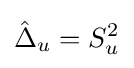
{\hat {\Delta }}_{u}=S_{u}^{2}